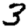
Digit: 3